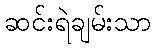
ဆင်းရဲချမ်းသာ